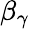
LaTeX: \beta_{\gamma}